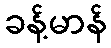
ခန့်မာန်